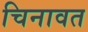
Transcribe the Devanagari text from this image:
चिनावत